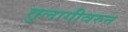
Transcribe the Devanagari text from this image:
तुलागीवरुन